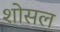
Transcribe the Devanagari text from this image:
शोसल